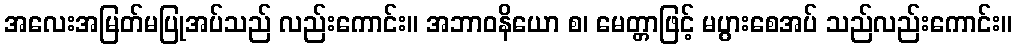
အလေးအမြတ်မပြုအပ်သည် လည်းကောင်း။ အဘာဝနိယော စ၊ မေတ္တာဖြင့် မပွားစေအပ် သည်လည်းကောင်း။